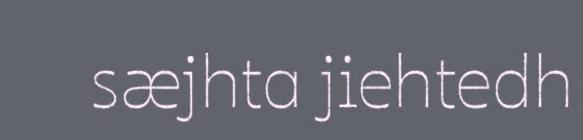
sæjhta jiehtedh